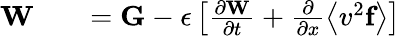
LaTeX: \begin{array}{rlr}{\textbf{W}}&{{}}&{=\textbf{G}-\epsilon\left[\frac{\partial\textbf{W}}{\partial t}+\frac{\partial}{\partial x}\left\langle v^{2}\textbf{f}\right\rangle\right]}\end{array}